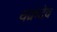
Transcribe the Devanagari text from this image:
चक्रंदेव